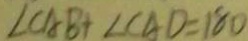
\angle C A B + \angle C A D = 1 8 0